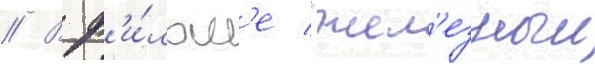
// В ф'и́льм'е "жел'езныи